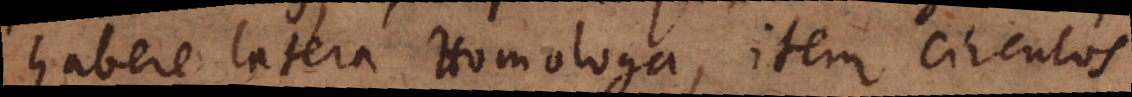
habere latera Homologa, item circulos